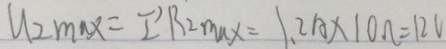
u _ { 2 } \max = I ^ { \prime } R 2 \max = 1 . 2 A \times 1 0 \Omega = 1 2 V